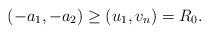
LaTeX: \begin{align*}(-a_1,-a_2)\ge (u_1,v_n)=R_0.\end{align*}